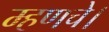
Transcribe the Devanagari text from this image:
म्हणचे।